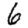
Digit: 6